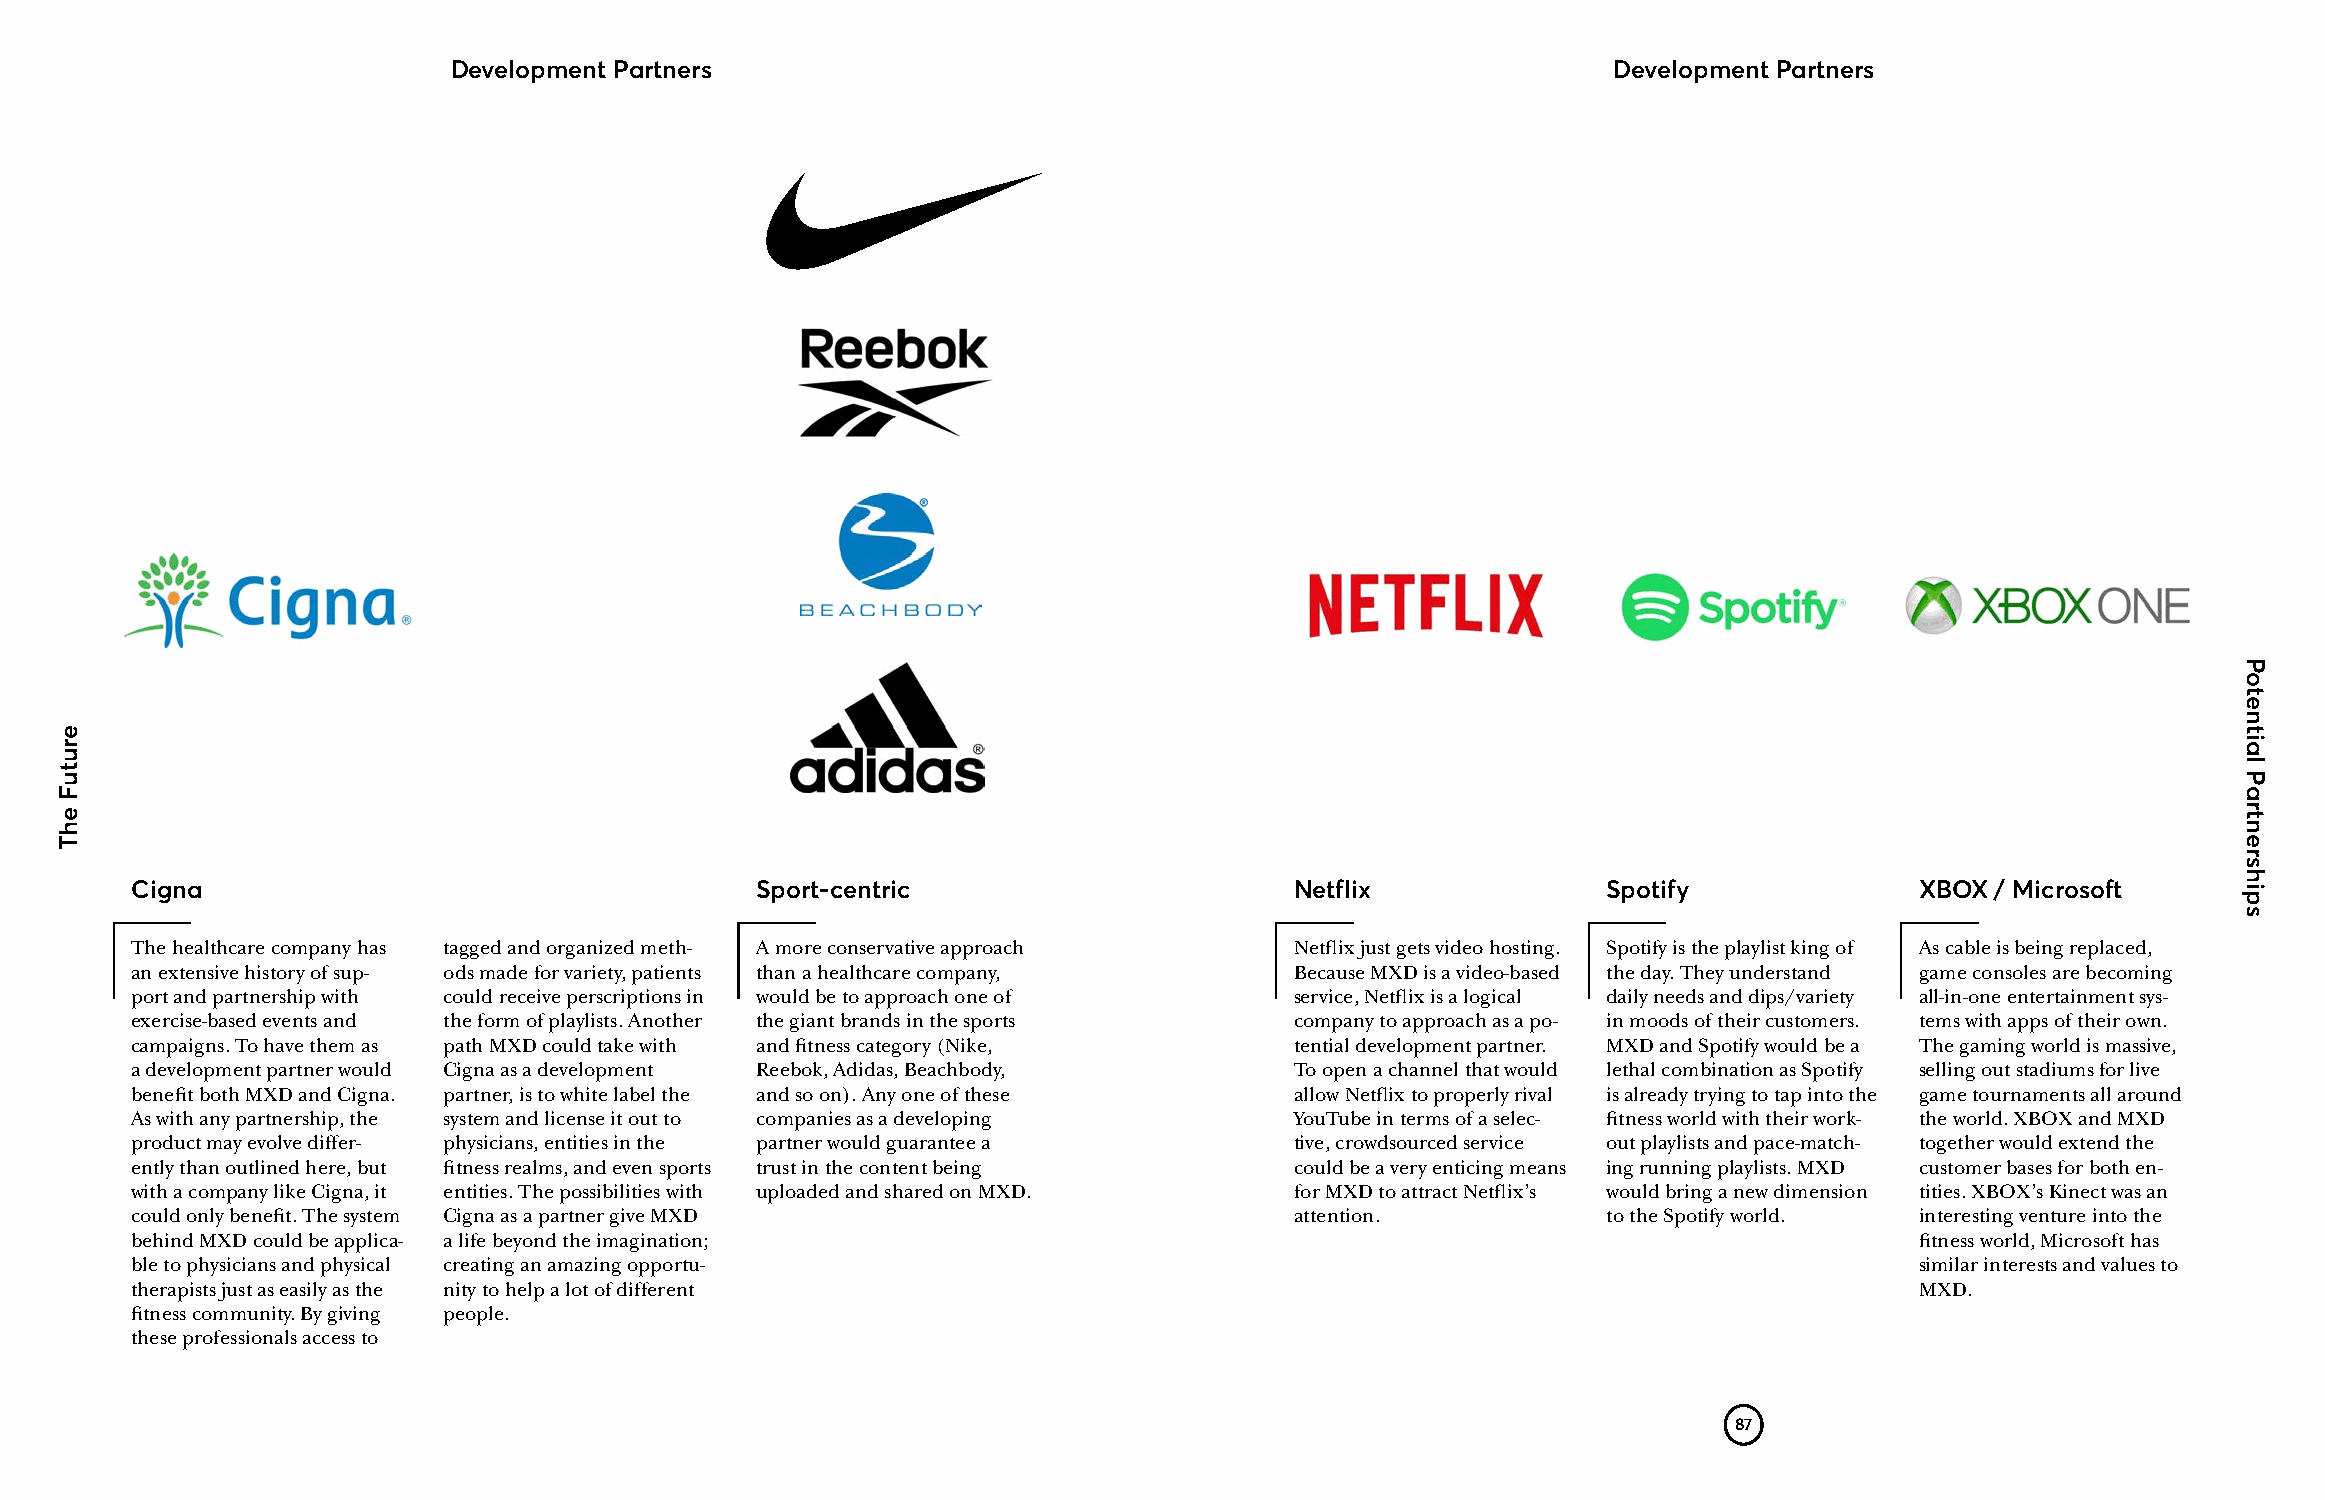
Development Partners                                                         Development Partners
 Cigna                                    Sport-centric                       Netflix             Spotify              XBOX / Microsoft
 The healthcare company has tagged and organized meth- A more conservative approach Netflix just gets video hosting. Spotify is the playlist king of As cable is being replaced,
 an extensive history of sup- ods made for variety, patients than a healthcare company, Because MXD is a video-based the day. They understand game consoles are becoming
 port and partnership with could receive perscriptions in would be to approach one of service, Netflix is a logical daily needs and dips/variety all-in-one entertainment sys-
 exercise-based events and the form of playlists. Another the giant brands in the sports company to approach as a po- in moods of their customers. tems with apps of their own.
 campaigns. To have them as path MXD could take with and fitness category (Nike, tential development partner. MXD and Spotify would be a The gaming world is massive,
 a development partner would Cigna as a development Reebok, Adidas, Beachbody, To open a channel that would lethal combination as Spotify selling out stadiums for live
 benefit both MXD and Cigna. partner, is to white label the and so on). Any one of these allow Netflix to properly rival is already trying to tap into the game tournaments all around
 As with any partnership, the system and license it out to companies as a developing YouTube in terms of a selec- fitness world with their work- the world. XBOX and MXD
 product may evolve differ- physicians, entities in the partner would guarantee a tive, crowdsourced service out playlists and pace-match- together would extend the
 ently than outlined here, but fitness realms, and even sports trust in the content being could be a very enticing means ing running playlists. MXD customer bases for both en-
 with a company like Cigna, it entities. The possibilities with uploaded and shared on MXD. for MXD to attract Netflix’s would bring a new dimension tities. XBOX’s Kinect was an
 could only benefit. The system Cigna as a partner give MXD                   attention.          to the Spotify world. interesting venture into the
 behind MXD could be applica- a life beyond the imagination;                                                           fitness world, Microsoft has
 ble to physicians and physical creating an amazing opportu-                                                           similar interests and values to
 therapists just as easily as the nity to help a lot of different                                                      MXD.
 fitness community. By giving people.
 these professionals access to
 87
 erutuF
 ehT
 Potential
 Partnerships